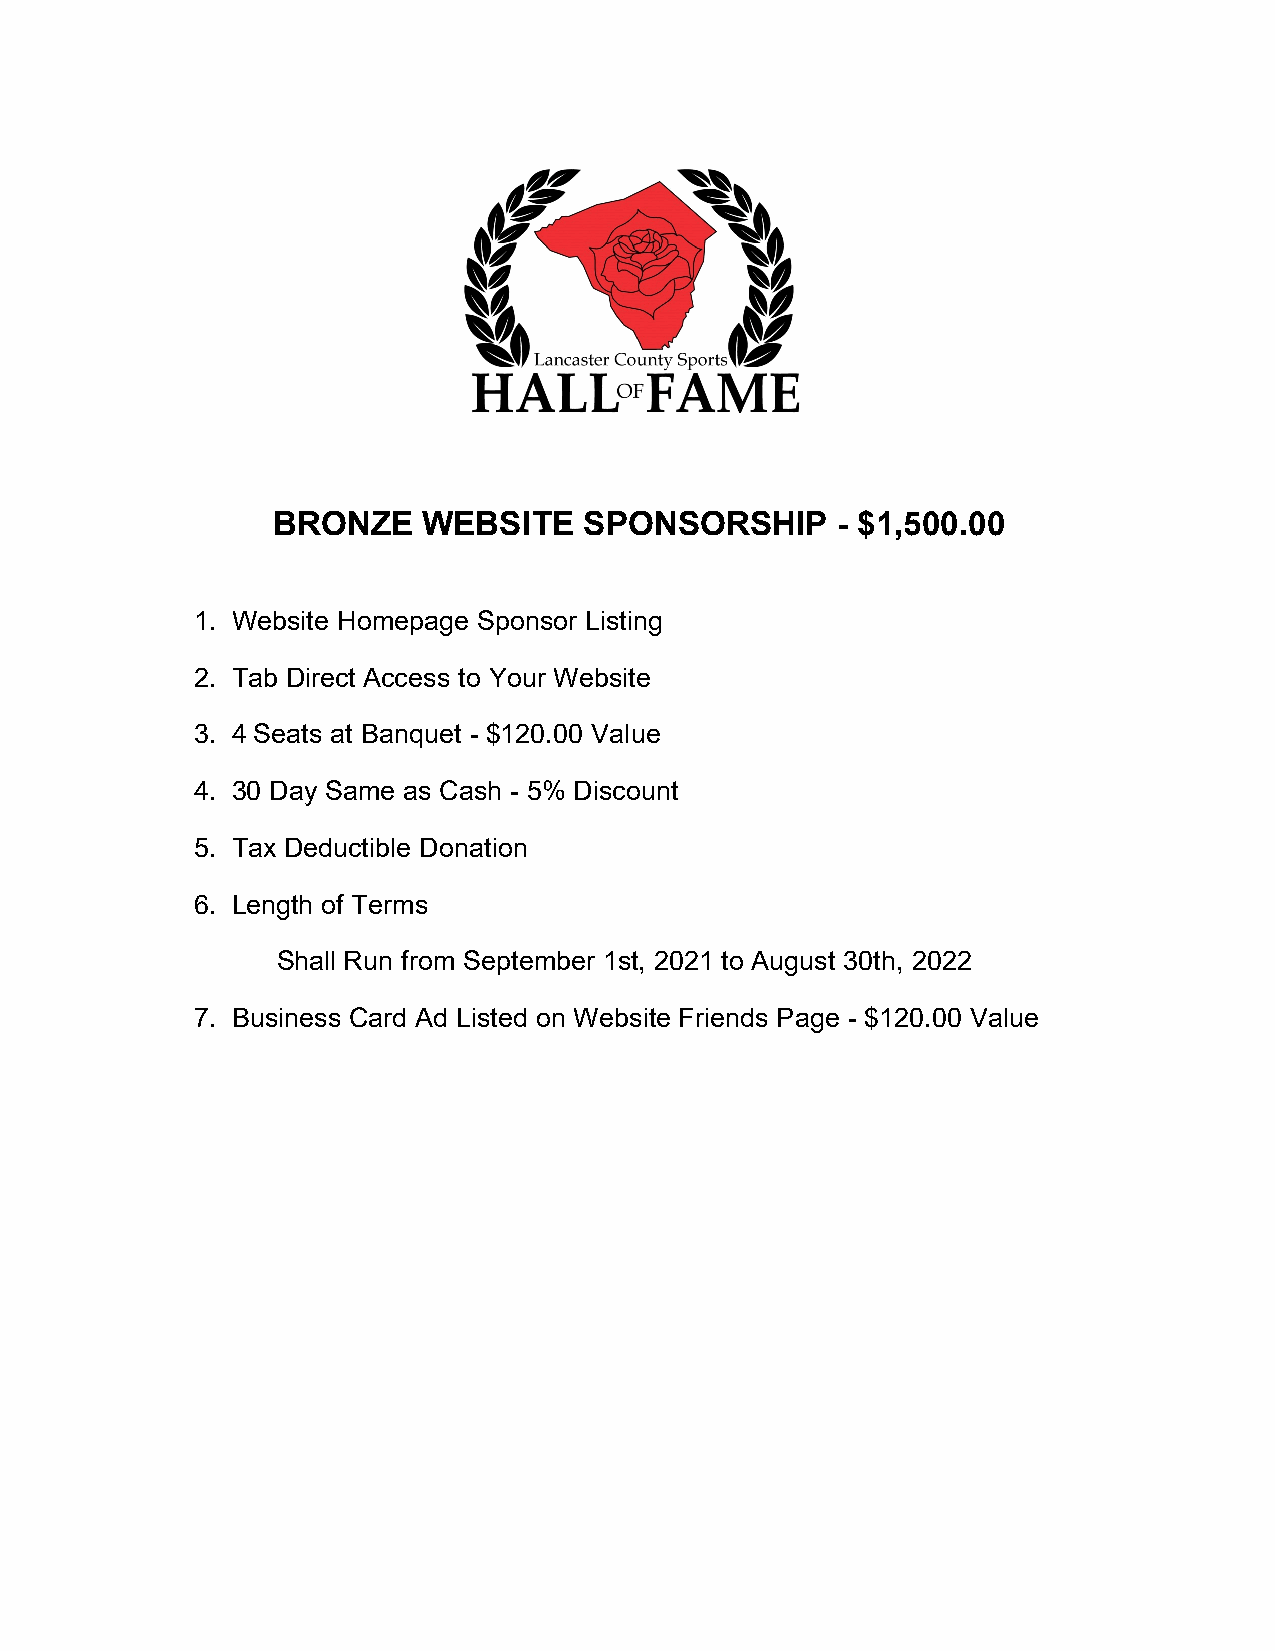
BRONZE    WEBSITE    SPONSORSHIP     - $1,500.00
 1. Website Homepage Sponsor Listing
 2. Tab Direct Access to Your Website
 3. 4 Seats at Banquet - $120.00 Value
 4. 30 Day Same as Cash - 5% Discount
 5. Tax Deductible Donation
 6. Length of Terms
 Shall Run from September 1st, 2021 to August 30th, 2022
 7. Business Card Ad Listed on Website Friends Page - $120.00 Value